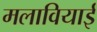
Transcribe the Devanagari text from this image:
मलावियाई